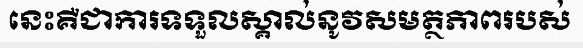
នេះគឺជាការទទួលស្គាល់នូវសមត្ថភាពរបស់